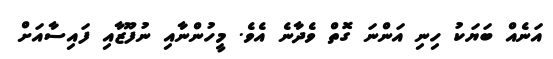
އަނެއް ބަޔަކު ހިނި އަންނަ ގޮތް ވެދާނެ އެވެ. މީހުންނާއި ނުފޫޒާއި ފައިސާއަށް